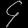
Digit: ၄